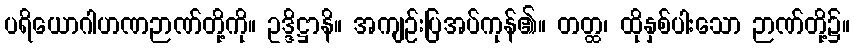
ပရိယောဂါဟဏဉာဏ်တို့ကို။ ဥဒ္ဒိဋ္ဌာနိ။ အကျဉ်းပြအပ်ကုန်၏။ တတ္ထ၊ ထိုနှစ်ပါးသော ဉာဏ်တို့၌။